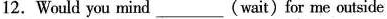
12. Would you mind ___ (wait) for me outside